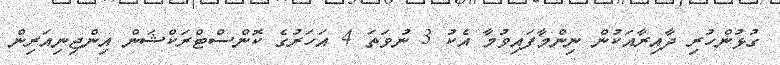
ގުޅުންހުރި ދާއިރާއަކުން ނިންމާފައިވުމާ އެކު 3 ނުވަތަ 4 އަހަރުގެ ކޮންސްޓްރަކްޝަން އިންޖިނިއަރިން